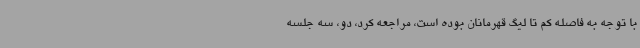
با توجه به فاصله کم تا لیگ قهرمانان بوده است، مراجعه کرد، دو، سه جلسه